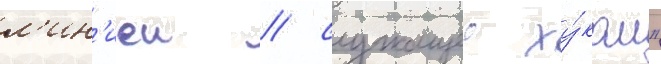
л'ин'иеи / служащеи ху́ком"